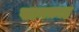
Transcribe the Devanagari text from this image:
खानक़ाह